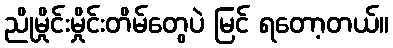
ညိုမှိုင်းမှိုင်းတိမ်တွေပဲ မြင် ရတော့တယ်။